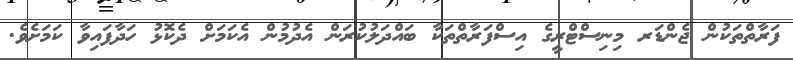
ފަރާތްތަކުން ޖެންޑަރ މިނިސްޓްރީގެ އިސްފަރާތްތަކާ ބައްދަލުކުރަން އެދުމުން އެކަމަށް ދެކޮޅު ހަދާފައިވާ ކަމަށެވެ.